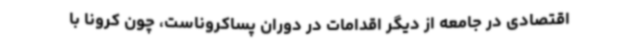
اقتصادی در جامعه از دیگر اقدامات در دوران پساکروناست، چون کرونا با